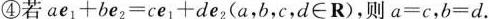
④若